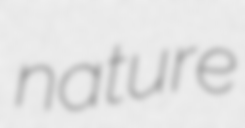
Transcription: nature